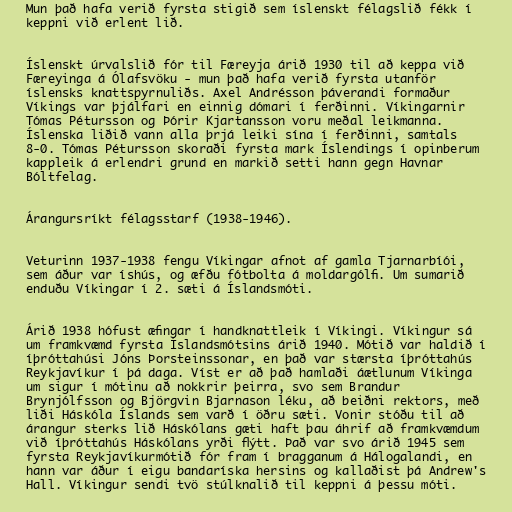
Mun það hafa verið fyrsta stigið sem íslenskt félagslið fékk í
keppni við erlent lið.

Íslenskt úrvalslið fór til Færeyja árið 1930 til að keppa við
Færeyinga á Ólafsvöku - mun það hafa verið fyrsta utanför
íslensks knattspyrnuliðs. Axel Andrésson þáverandi formaður
Víkings var þjálfari en einnig dómari í ferðinni. Víkingarnir
Tómas Pétursson og Þórir Kjartansson voru meðal leikmanna.
Íslenska liðið vann alla þrjá leiki sína í ferðinni, samtals
8-0. Tómas Pétursson skoraði fyrsta mark Íslendings í opinberum
kappleik á erlendri grund en markið setti hann gegn Havnar
Bóltfelag.

Árangursríkt félagsstarf (1938-1946).

Veturinn 1937-1938 fengu Víkingar afnot af gamla Tjarnarbíói,
sem áður var íshús, og æfðu fótbolta á moldargólfi. Um sumarið
enduðu Víkingar í 2. sæti á Íslandsmóti.

Árið 1938 hófust æfingar í handknattleik í Víkingi. Víkingur sá
um framkvæmd fyrsta Íslandsmótsins árið 1940. Mótið var haldið í
íþróttahúsi Jóns Þorsteinssonar, en það var stærsta íþróttahús
Reykjavíkur í þá daga. Víst er að það hamlaði áætlunum Víkinga
um sigur í mótinu að nokkrir þeirra, svo sem Brandur
Brynjólfsson og Björgvin Bjarnason léku, að beiðni rektors, með
liði Háskóla Íslands sem varð í öðru sæti. Vonir stóðu til að
árangur sterks lið Háskólans gæti haft þau áhrif að framkvæmdum
við íþróttahús Háskólans yrði flýtt. Það var svo árið 1945 sem
fyrsta Reykjavíkurmótið fór fram í bragganum á Hálogalandi, en
hann var áður í eigu bandaríska hersins og kallaðist þá Andrew's
Hall. Víkingur sendi tvö stúlknalið til keppni á þessu móti.